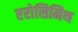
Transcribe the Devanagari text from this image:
एरोसिमिथ